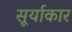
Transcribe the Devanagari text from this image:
सूर्याकार